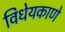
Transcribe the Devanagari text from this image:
विधेयकाणे